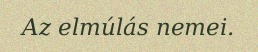
Az elmúlás nemei.